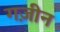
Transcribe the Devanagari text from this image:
गज़ीन